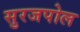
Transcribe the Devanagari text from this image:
सुरजपोल